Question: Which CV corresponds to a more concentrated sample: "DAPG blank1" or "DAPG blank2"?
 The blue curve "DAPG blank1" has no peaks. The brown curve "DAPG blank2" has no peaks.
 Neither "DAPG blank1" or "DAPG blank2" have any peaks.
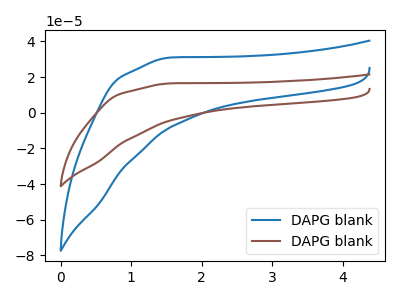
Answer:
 <answer>I cant tell if "DAPG blank1" or "DAPG blank2" has higher concentration.</answer>
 <eval>mixed_concentration</eval>